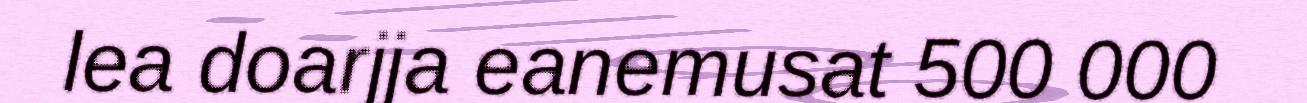
lea doarjja eanemusat 500 000